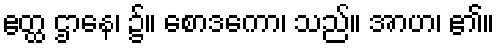
ဧတ္ထ ဌာနေ၊ ၌။ စောဒကော၊ သည်။ အာဟ၊ ၏။